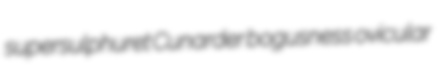
supersulphuret Cunarder bogusness ovicular